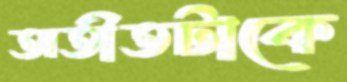
অতীতটাকে